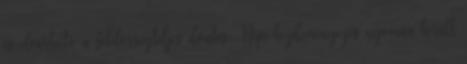
és elvárható a felelôsségteljes döntés. Népi kezdeményezés nyomán került